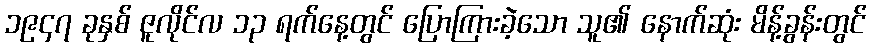
၁၉၄၇ ခုနှစ် ဇူလိုင်လ ၁၃ ရက်နေ့တွင် ပြောကြားခဲ့သော သူ၏ နောက်ဆုံး မိန့်ခွန်းတွင်